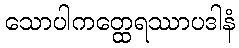
သောပါကတ္ထေရဿာပဒါနံ